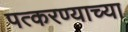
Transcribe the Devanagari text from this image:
पत्करण्याच्या